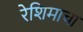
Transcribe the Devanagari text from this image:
रेशिमाचा